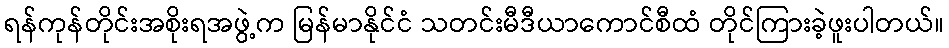
ရန်ကုန်တိုင်းအစိုးရအဖွဲ့က မြန်မာနိုင်ငံ သတင်းမီဒီယာကောင်စီထံ တိုင်ကြားခဲ့ဖူးပါတယ်။